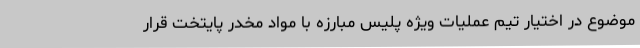
موضوع در اختیار تیم عملیات ویژه پلیس مبارزه با مواد مخدر پایتخت قرار